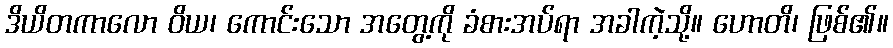
ဒိယိတကာလော ဝိယ၊ ကောင်းသော အတွေ့ကို ခံစားအပ်ရာ အခါကဲ့သို့။ ဟောတိ၊ ဖြစ်၏။